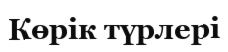
Көрік түрлері